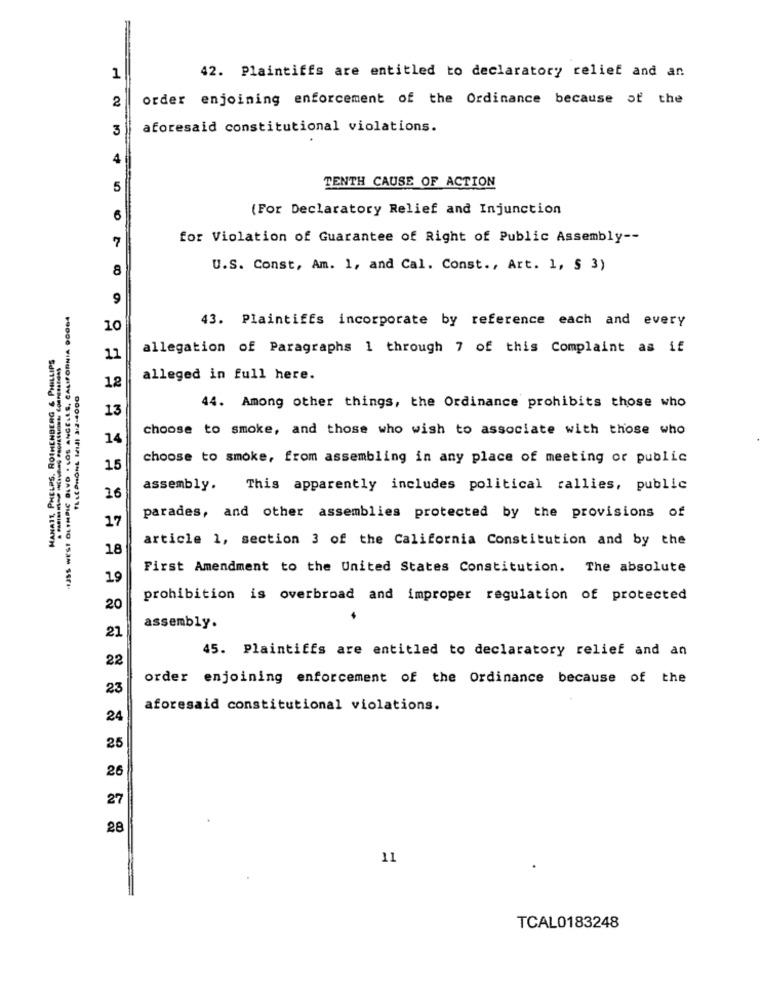
1
42. Plaintiffs are entitled to declaratory relief and an
2
order enjoining enforcement of the Ordinance because of the
3
aforesaid constitutional violations.
4
5
TENTH CAUSE OF ACTION
(For Declaratory Relief and Injunction
6
for Violation of Guarantee of Right of Public Assembly --
7
8
U.S. Const, Am. 1, and Cal. Const ., Art. 1, § 3)
9
-IJSS WEST OLIMPIC BLVD . LOS ANGELES, CALIFORNIA 90GG4
43. Plaintiffs incorporate by reference each and every
10
allegation of Paragraphs 1 through 7 of this Complaint as if
HANATT, PHELPS. ROIHENBERG & PHILLIPS
11
alleged in full here.
12
13
44. Among other things, the Ordinance prohibits those who
choose to smoke, and those who wish to associate with those who
14
choose to smoke, from assembling in any place of meeting or public
15
assembly.
This apparently includes political rallies, public
16
17
parades, and other assemblies protected by the provisions of
article 1, section 3 of the California Constitution and by the
18
First Amendment to the United States Constitution. The absolute
19
prohibition is overbroad and improper regulation of protected
20
assembly.
21
45. Plaintiffs are entitled to declaratory relief and an
22
order enjoining enforcement of the Ordinance because of the
23
aforesaid constitutional violations.
24
25
26
27
28
11
TCAL0183248